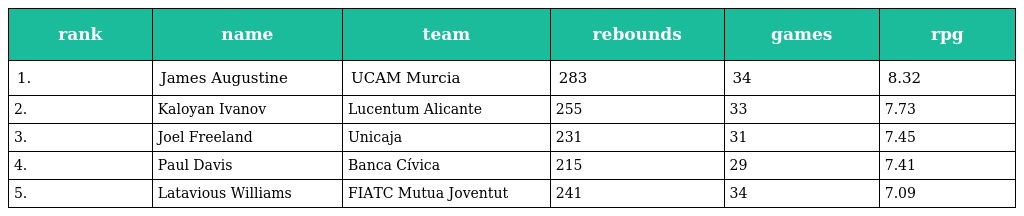
| rank | name | team | rebounds | games | rpg |
 | --- | --- | --- | --- | --- | --- |
 | 1. | James Augustine | UCAM Murcia | 283 | 34 | 8.32 |
 | 2. | Kaloyan Ivanov | Lucentum Alicante | 255 | 33 | 7.73 |
 | 3. | Joel Freeland | Unicaja | 231 | 31 | 7.45 |
 | 4. | Paul Davis | Banca Cívica | 215 | 29 | 7.41 |
 | 5. | Latavious Williams | FIATC Mutua Joventut | 241 | 34 | 7.09 |